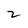
Character: 2